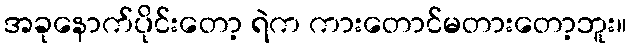
အခုနောက်ပိုင်းတော့ ရဲက ကားတောင်မတားတော့ဘူး။